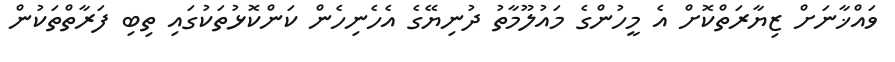
ވައްޚާނަށް ޒިޔާރަތްކޮށް އެ މީހުންގެ މައުލޫމާތު ދުނިޔޭގެ އެހެނިހެން ކަންކޮޅުތަކުގައި ތިބި ފަރާތްތަކުން